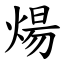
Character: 煬